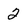
Character: 2